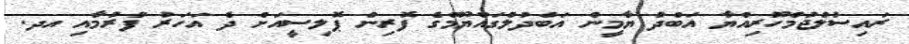
ރައިސުލްޖުމްހޫރިއްޔާ އަބްދު ޔާމީން އަބްދުލްގައްޔޫމްގެ ފޮރިން ޕޮލިސީއަށް ދެ އަހަރު ފުރުމާއި އދ.